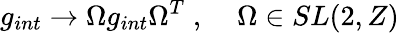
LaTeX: g_{int}\rightarrow\Omega g_{int}\Omega^{T}\; ,\; \; \; \; \Omega\in SL(2,Z)